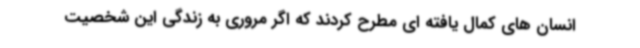
انسان های کمال یافته ای مطرح کردند که اگر مروری به زندگی این شخصیت